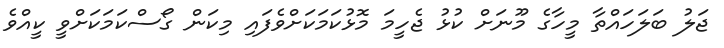
ޖަލު ބަލަހައްތާ މީހާގެ މޫނަށް ކުޅު ޖެހީމަ މޮޅުކަމަކަށްވެފައި މިކަން ގޯސްކަމަކަށްވީ ކީއްވެ